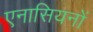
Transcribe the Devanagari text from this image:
एनासियनों